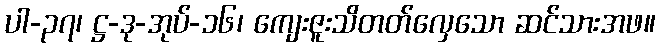
ပါ-၃၇၊ ဋ္ဌ-ဒု-အုပ်-၁၆၊ ကျေးဇူးသိတတ်လှေသော ဆင်သားအဖ။